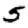
Digit: 5